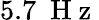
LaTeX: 5.7\ \mathrm{~H~z~}